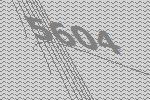
5604